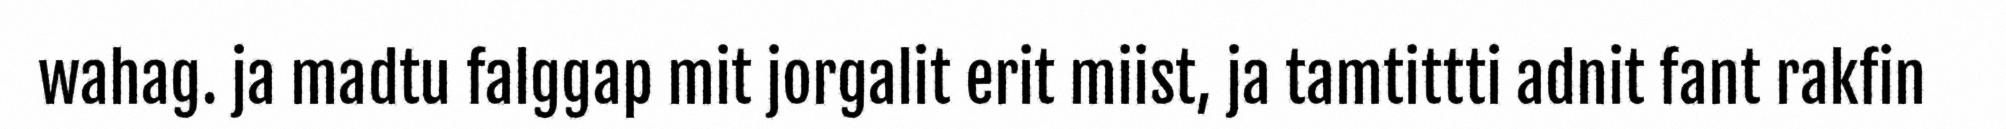
wahag. ja madtu falggap mit jorgalit erit miist, ja tamtittti adnit fant rakfin